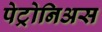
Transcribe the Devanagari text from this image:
पेट्रोनिअस